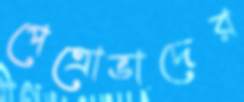
পেত্রোভাদের